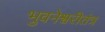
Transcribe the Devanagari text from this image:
भुवनेश्वरीतंत्र